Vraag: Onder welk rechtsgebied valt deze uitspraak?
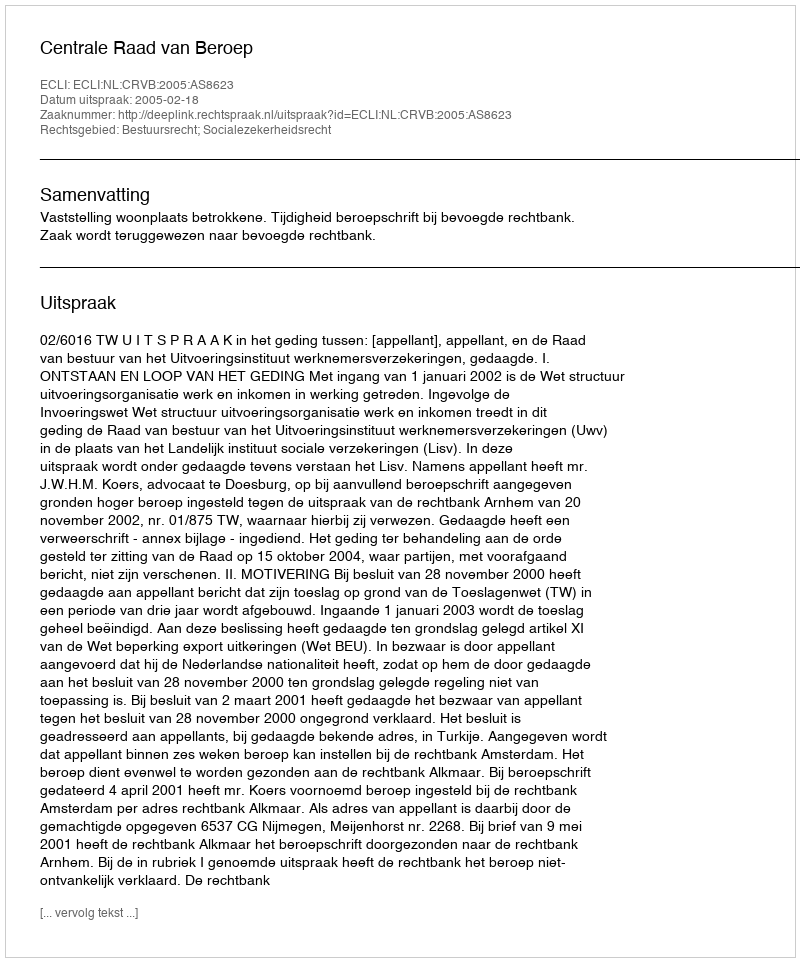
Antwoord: Bestuursrecht; Socialezekerheidsrecht